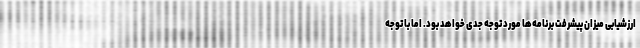
ارزشیابی‌ میزان پیشرفت برنامه‌ها مورد توجه جدی خواهد بود. اما با توجه